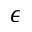
\epsilon